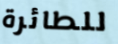
للطائرة